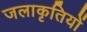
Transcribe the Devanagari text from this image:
जलाकृतियों